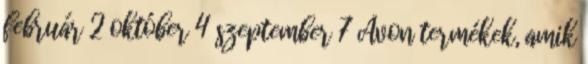
február 2 október 4 szeptember 7 Avon termékek, amik